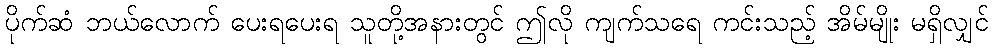
ပိုက်ဆံ ဘယ်လောက် ပေးရပေးရ သူတို့အနားတွင် ဤလို ကျက်သရေ ကင်းသည့် အိမ်မျိုး မရှိလျှင်